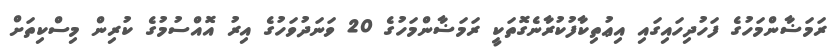
ރަމަޟާންމަހުގެ ފަހުދިހައިގައި އިޢުތިކާފުކުރާނެގޮތަކީ ރަމަޟާންމަހުގެ 20 ވަނަދުވަހުގެ އިރު އޮއްސުމުގެ ކުރިން މިސްކިތަށް